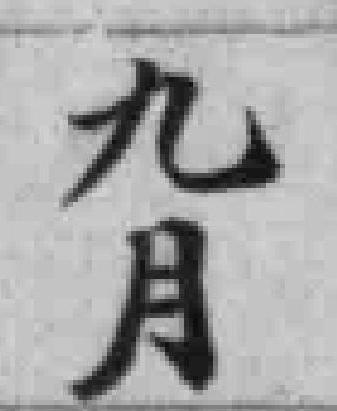
九月